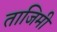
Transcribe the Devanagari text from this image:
ताजिमी